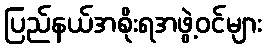
ပြည်နယ်အစိုးရအဖွဲ့ဝင်များ